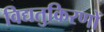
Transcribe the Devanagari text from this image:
विद्यतुकिरणों